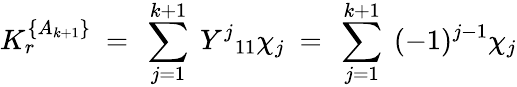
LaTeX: K_{r}^{\{ A_{k+1}\} }\ =\ \sum_{j=1}^{k+1}\ {{Y}^{j}}_{11}\chi_{j}\ =\ \sum_{j=1}^{k+1}\ (-1)^{j-1}\chi_{j}